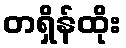
တရှိန်ထိုး